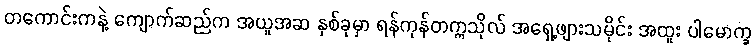
တကောင်းကနဲ့ ကျောက်ဆည်က အယူအဆ နှစ်ခုမှာ ရန်ကုန်တက္ကသိုလ် အရှေ့ဖျားသမိုင်း အထူး ပါမောက္ခ